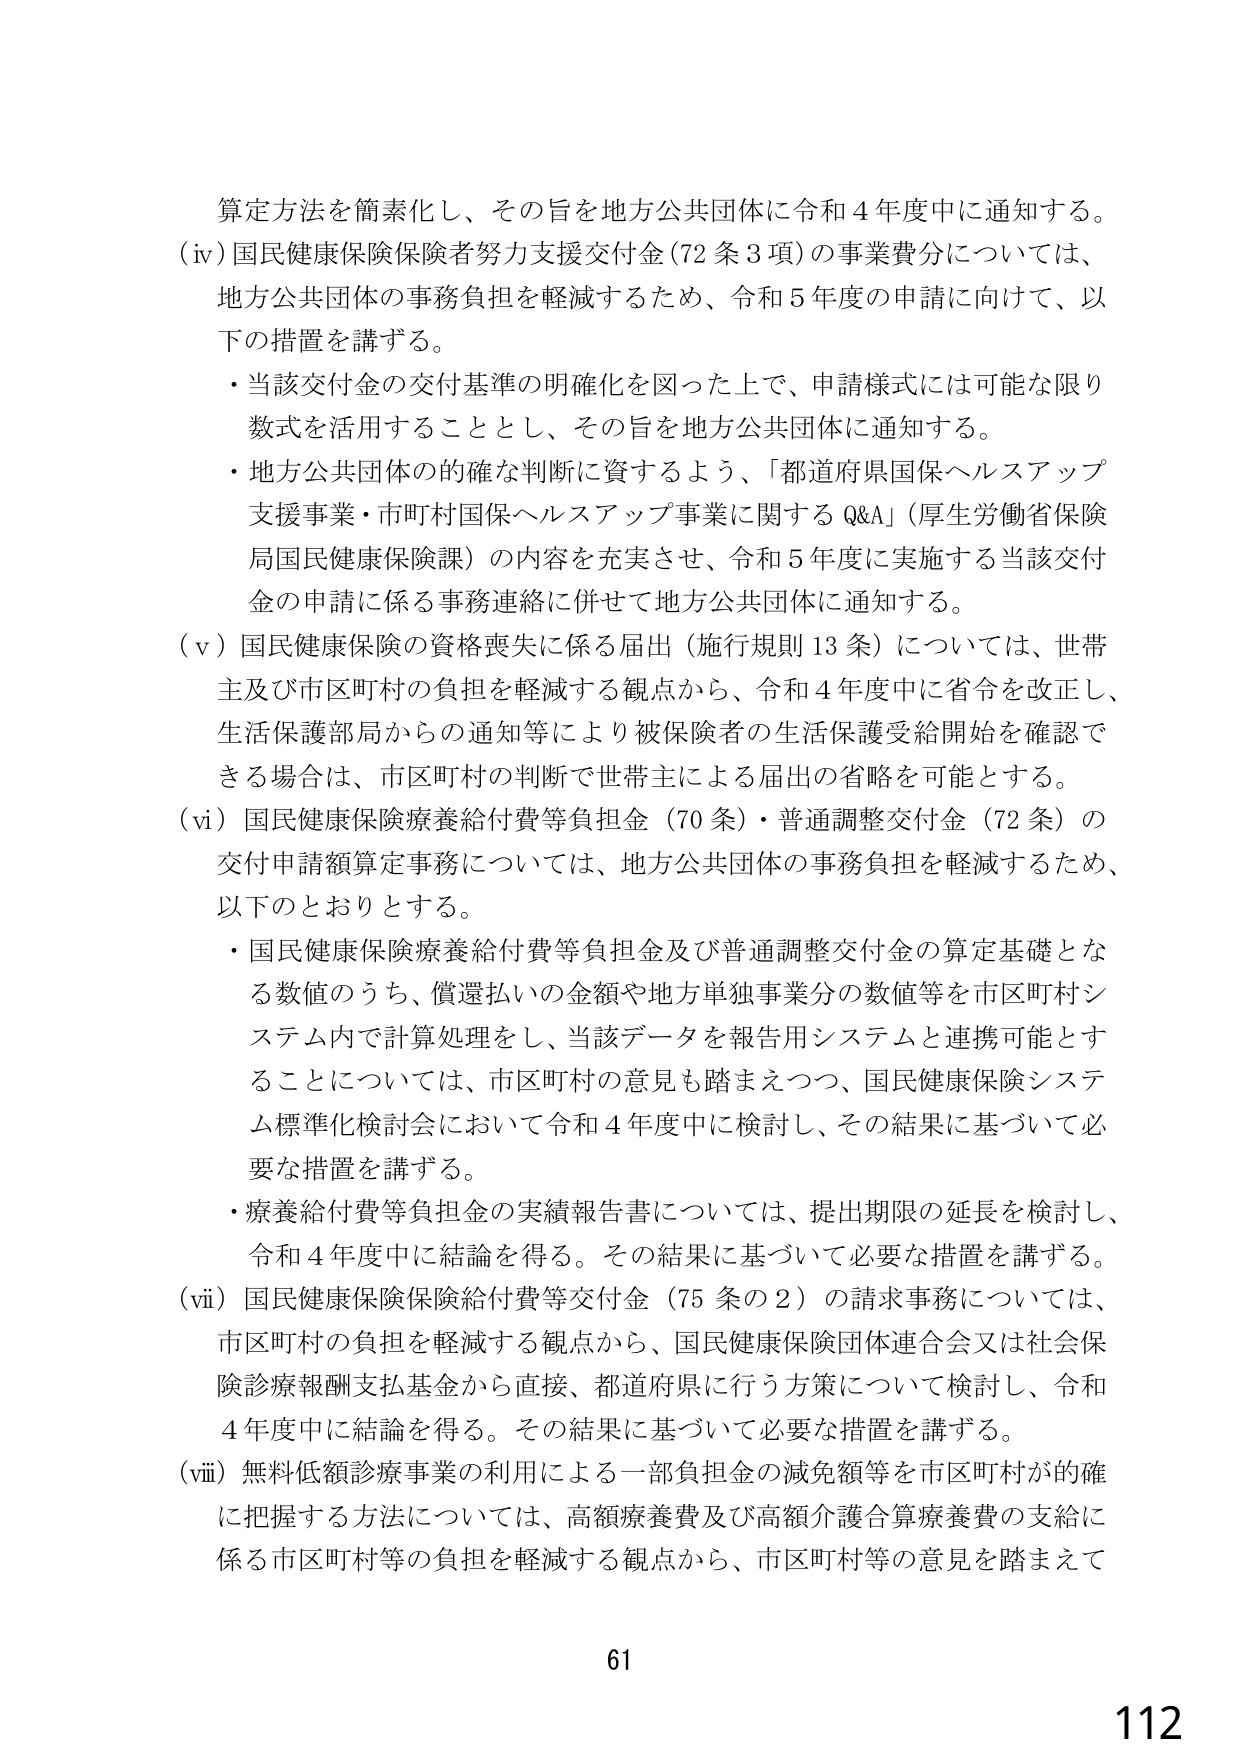
算定方法を簡素化し、その旨を地方公共団体に令和４年度中に通知する。
（iv）国民健康保険保険者努力支援交付金（72条3項）の事業費分については、
地方公共団体の事務負担を軽減するため、令和5年度の申請に向けて、以下の措置を講ずる。
・当該交付金の交付基準の明確化を図った上で、申請様式には可能な限り数式を活用することとし、その旨を地方公共団体に通知する。
・地方公共団体の的確な判断に資するよう、「都道府県国保ヘルスアップ支援事業・市町村国保ヘルスアップ事業に関するQ&A」（厚生労働省保険局国民健康保険課）の内容を充実させ、令和5年度に実施する当該交付金の申請に係る事務連絡に併せて地方公共団体に通知する。
（v）国民健康保険の資格喪失に係る届出（施行規則13条）については、世帯主及び市区町村の負担を軽減する観点から、令和4年度中に省令を改正し、生活保護部局からの通知等により被保険者の生活保護受給開始を確認できる場合は、市区町村の判断で世帯主による届出の省略を可能とする。
（vi）国民健康保険療養給付費等負担金（70条）・普通調整交付金（72条）の交付申請額算定事務については、地方公共団体の事務負担を軽減するため、以下のとおりとする。
・国民健康保険療養給付費等負担金及び普通調整交付金の算定基礎となる数値のうち、償還払いの金額や地方単独事業分の数値等を市区町村システム内で計算処理をし、当該データを報告用システムと連携可能とすることについては、市区町村の意見も踏まえつつ、国民健康保険システム標準化検討会において令和4年度中に検討し、その結果に基づいて必要な措置を講ずる。
・療養給付費等負担金の実績報告書については、提出期限の延長を検討し、令和4年度中に結論を得る。その結果に基づいて必要な措置を講ずる。
（vii）国民健康保険保険給付費等交付金（75条の2）の請求事務については、市区町村の負担を軽減する観点から、国民健康保険団体連合会又は社会保険診療報酬支払基金から直接、都道府県に行う方策について検討し、令和4年度中に結論を得る。その結果に基づいて必要な措置を講ずる。
（viii）無料低額診療事業の利用による一部負担金の減免額等を市区町村が的確に把握する方法については、高額療養費及び高額介護合算療養費の支給に係る市区町村等の負担を軽減する観点から、市区町村等の意見を踏まえて

61
112